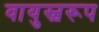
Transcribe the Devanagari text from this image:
वायुस्वरूप